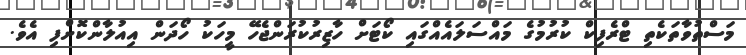
މަސްތުވާތަކެތި ޓްރެފިކް ކުރުމުގެ މައްސަލައެއްގައި ކޯޓަށް ހާޒިރުކުރަންޖެހޭ މީހަކު ހޯދަން އިއުލާންކޮށްފި އެވެ.